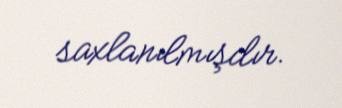
saxlanılmışdır.